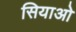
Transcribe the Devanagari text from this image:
सियाओ